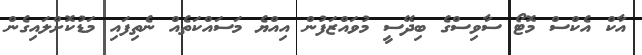
އާކް އެކްސް މޮޓޯ ސާވިސްގެ ބިދޭސީ މުވައްޒަފުން އިއްޔެ މަސައްކަތެއް ނެތިފައި މަޑުކޮށްލައިގެން